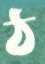
ঠ